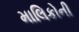
માલિકોની